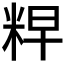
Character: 𮇘